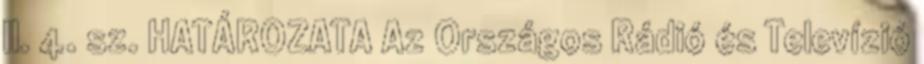
II. 4. sz. HATÁROZATA Az Országos Rádió és Televízió